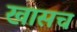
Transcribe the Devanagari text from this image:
खासच